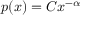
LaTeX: p ( x ) = C x ^ { - \alpha }